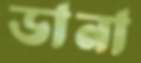
ডানা